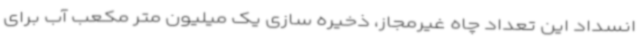
انسداد این تعداد چاه غیرمجاز، ذخیره سازی یک میلیون متر مکعب آب برای